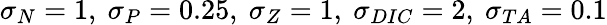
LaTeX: \sigma_{N}=1,~\sigma_{P}=0.25,~\sigma_{Z}=1,~\sigma_{DIC}=2,~\sigma_{TA}=0.1